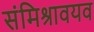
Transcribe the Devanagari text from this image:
संमिश्रावयव